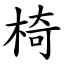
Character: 椅